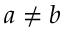
a \neq b